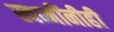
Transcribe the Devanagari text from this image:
स्वामींनीही